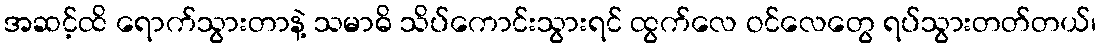
အဆင့်ထိ ရောက်သွားတာနဲ့ သမာဓိ သိပ်ကောင်းသွားရင် ထွက်လေ ဝင်လေတွေ ရပ်သွားတတ်တယ်၊